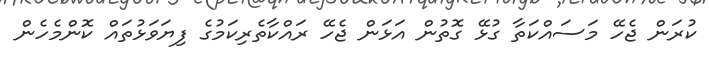
ކުރަން ޖެހޭ މަސައްކަތާ ގުޅޭ ގޮތުން އަޅަން ޖެހޭ ރައްކާތެރިކަމުގެ ފިޔަވަޅުތައް ކޮންމެހެން